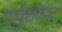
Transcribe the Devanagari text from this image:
पर्णकुटीजवळ